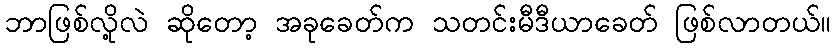
ဘာဖြစ်လို့လဲ ဆိုတော့ အခုခေတ်က သတင်းမီဒီယာခေတ် ဖြစ်လာတယ်။